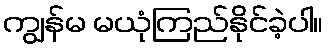
ကျွန်မ မယုံကြည်နိုင်ခဲ့ပါ။